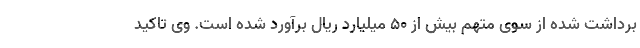
برداشت شده از سوی متهم بیش از ۵۰ میلیارد ریال برآورد شده است. وی تاکید